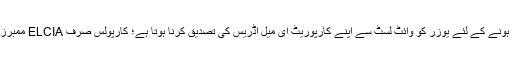
اس کارپول میں شامل ہونے کے لئے یوزر کو وائٹ لسٹ سے اپنے کارپوریٹ ای میل اَڈریس کی تصدیق کرنا ہوتا ہے؛ کارپولس صرف ELCIA ممبرز میں سے بنائے گئے۔